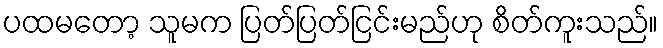
ပထမတော့ သူမက ပြတ်ပြတ်ငြင်းမည်ဟု စိတ်ကူးသည်။